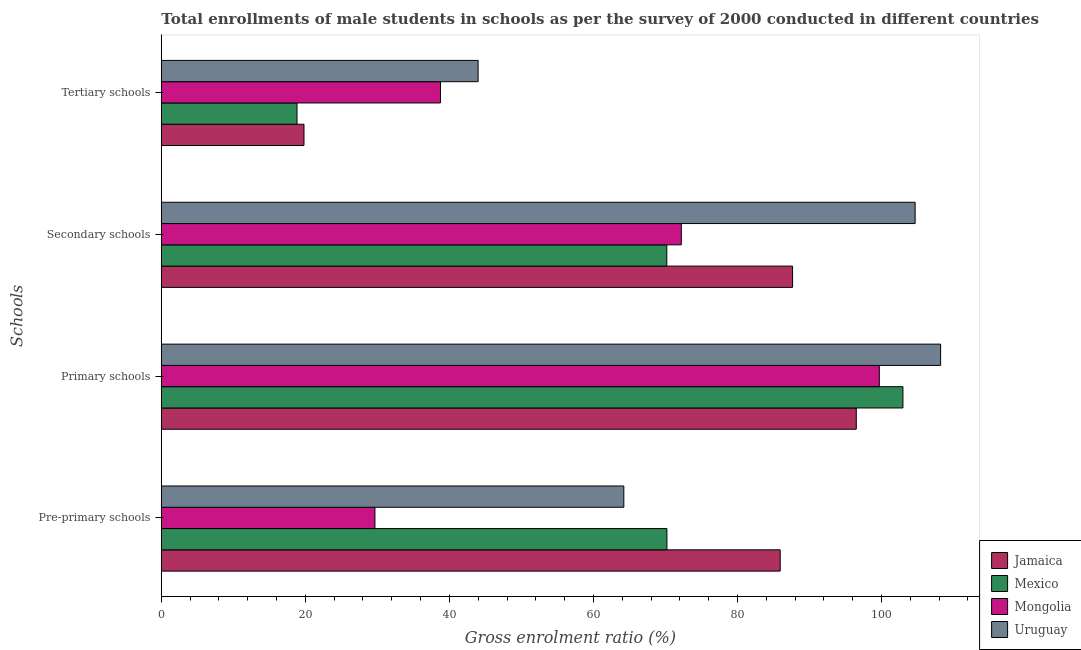
| Schools | Jamaica | Mexico | Mongolia | Uruguay |
 | --- | --- | --- | --- | --- |
 | Pre-primary schools | 85.9 | 70.2 | 29.7 | 64.2 |
 | Primary schools | 96.5 | 103 | 99.7 | 108 |
 | Secondary schools | 87.6 | 70.2 | 72.2 | 105 |
 | Tertiary schools | 19.8 | 18.8 | 38.8 | 44 |